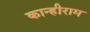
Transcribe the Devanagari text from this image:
कान्हीराम